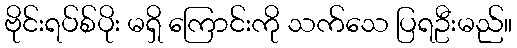
ဗိုင်းရပ်စ်ပိုး မရှိ ကြောင်းကို သက်သေ ပြရဦးမည်။